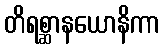
တိရစ္ဆာနယောနိကာ